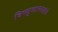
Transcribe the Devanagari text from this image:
विष्णुशास्त्र्यांचे